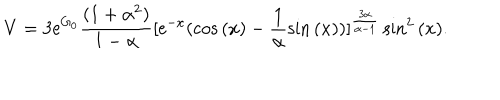
V = 3 \mathrm { e } ^ { G _ { 0 } } \frac { ( 1 + \alpha ^ { 2 } ) } { 1 - \alpha } [ \mathrm { e } ^ { - x } ( \cos { ( x ) } - \frac { 1 } { \alpha } \sin { ( x ) } ) ] ^ { \frac { 3 \alpha } { \alpha - 1 } } \sin ^ { 2 } { ( x ) } .